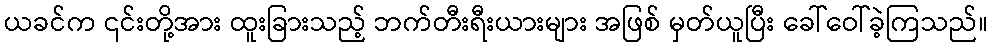
ယခင်က ၎င်းတို့အား ထူးခြားသည့် ဘက်တီးရီးယားများ အဖြစ် မှတ်ယူပြီး ခေါ်ဝေါ်ခဲ့ကြသည်။